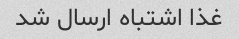
غذا اشتباه ارسال شد